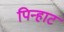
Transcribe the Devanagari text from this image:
पिन्हाट